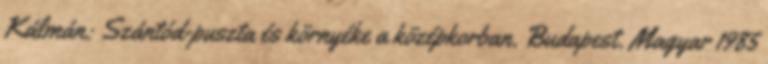
Kálmán: Szántód-puszta és környéke a középkorban. Budapest. Magyar 1985